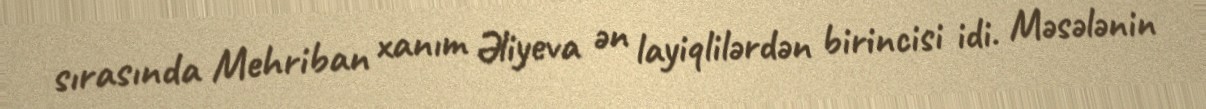
sırasında Mehriban xanım Əliyeva ən layiqlilərdən birincisi idi. Məsələnin